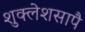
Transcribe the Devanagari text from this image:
शुक्लेशसापै